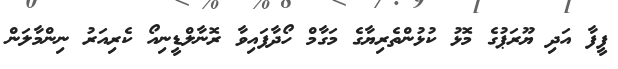
ފީފާ އަދި ޔޫރަޕުގެ މޮޅު ކުޅުންތެރިޔާގެ މަގާމް ހޯދާފައިވާ ރޮނާލްޑީނިއޯ ކެރިއަރު ނިންމާލަން